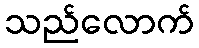
သည်လောက်